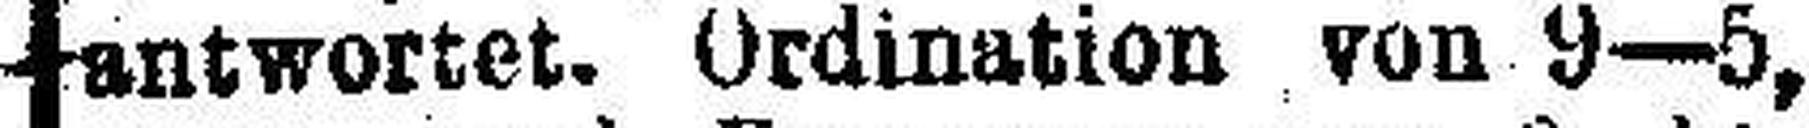
antwortet. Ordination von 9—5,